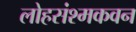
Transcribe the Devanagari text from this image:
लोहसंश्मकवन